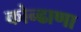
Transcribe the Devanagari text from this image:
कोन्ढाणा